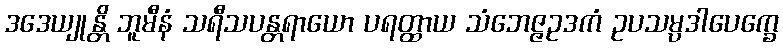
ဒဒေယျုန္တိ ဘူမီနံ သရီသပန္တရာယော ပရတ္ထာယ သံဘေဇ္ဇဥဒကံ ဥပသမ္ပဒါပေက္ခေ